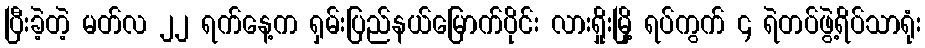
ပြီးခဲ့တဲ့ မတ်လ ၂၂ ရက်နေ့က ရှမ်းပြည်နယ်မြောက်ပိုင်း လားရှိုးမြို့ ရပ်ကွက် ၄ ရဲတပ်ဖွဲ့ရိပ်သာရုံး